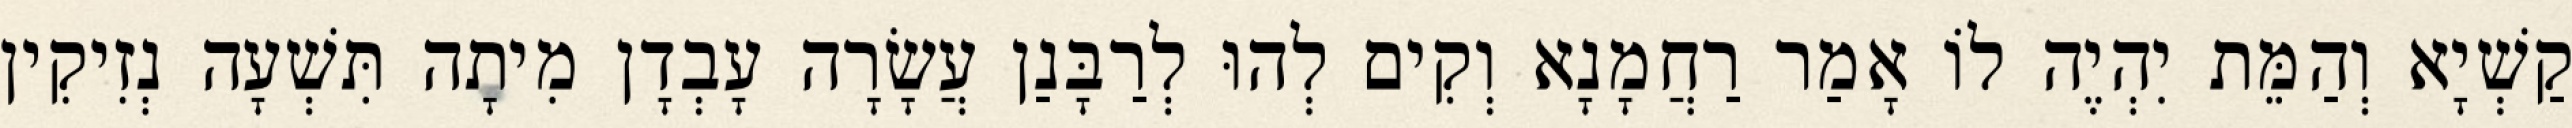
קַשְׁיָא וְהַמֵּת יִהְיֶה לוֹ אָמַר רַחֲמָנָא וְקִים לְהוּ לְרַבָּנַן עֲשָׂרָה עָבְדָן מִיתָה תִּשְׁעָה נְזִיקִין